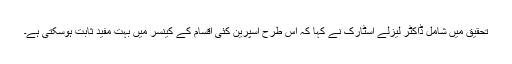
تحقیق میں شامل ڈاکٹر لیزلے اسٹارک نے کہا کہ اس طرح اسپرین کئی اقسام کے کینسر میں بہت مفید ثابت ہوسکتی ہے۔